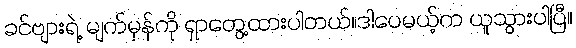
ခင်ဗျားရဲ့ မျက်မှန်ကို ရှာတွေ့ထားပါတယ်။ဒါပေမယ့်က ယူသွားပါပြီ။